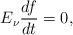
LaTeX: \begin{align*}E_\nu\dfrac{df}{dt}=0, \end{align*}